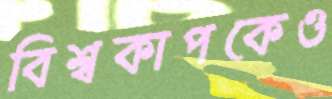
বিশ্বকাপকেও